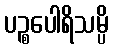
ပဉ္စပေါရိသမ္ပိ